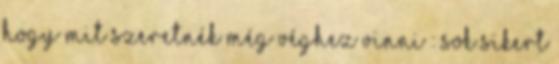
hogy mit szeretnék még véghez vinni : Sok sikert